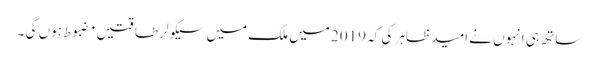
ساتھ ہی انہوں نے امید ظاہر کی کہ 2019 میں ملک میں سیکولر طاقتیں مضبوط ہوں گی ۔